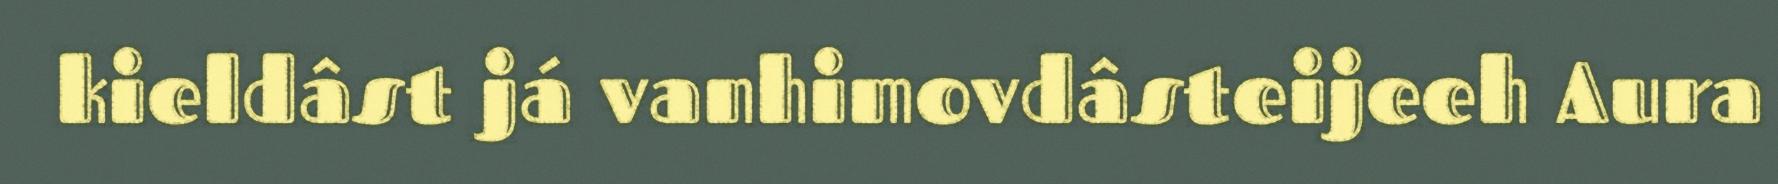
kieldâst já vanhimovdâsteijeeh Aura